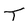
Character: T